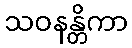
သဝနန္တိကာ